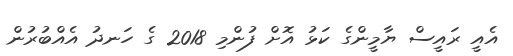
އެއީ ރައީސް ޔާމީންގެ ކަޅު އޮށް ފުންމި 2018 ގެ ހަނދު އެއްބުރުން